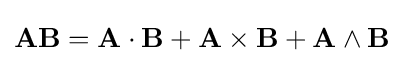
\mathbf {A} \mathbf {B} =\mathbf {A} \cdot \mathbf {B} +\mathbf {A} \times \mathbf {B} +\mathbf {A} \wedge \mathbf {B}